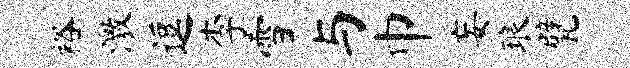
裕激逗李雪与巾妄琅甓